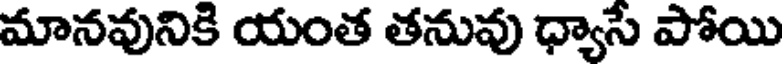
మానవునికి యంత తనువు ధ్యాసే పోయి